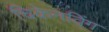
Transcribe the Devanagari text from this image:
चिकेनविंग